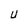
Character: U